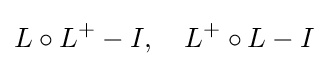
L\circ L^{+}-I,\quad L^{+}\circ L-I